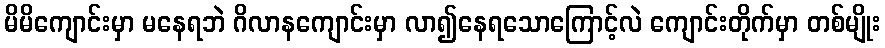
မိမိကျောင်းမှာ မနေရဘဲ ဂိလာနကျောင်းမှာ လာ၍နေရသောကြောင့်လဲ ကျောင်းတိုက်မှာ တစ်မျိုး